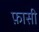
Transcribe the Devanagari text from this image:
फ़ासी